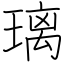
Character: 璃